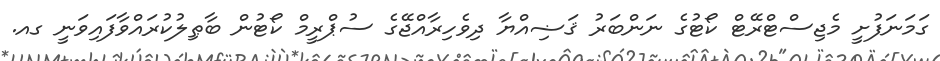
ގަމަނަފުށީ މެޖިސްޓްރޭޓް ކޯޓުގެ ނަންބަރު ޤަޟިއްޔާ ދިވެހިރާއްޖޭގެ ސުޕްރީމް ކޯޓުން ބާޠިލުކުރައްވާފައިވަނީ ގއ.